Civil Veterinary Department Bihar & Orissa reports 1922-29 - 1922-1929
Year: 1922
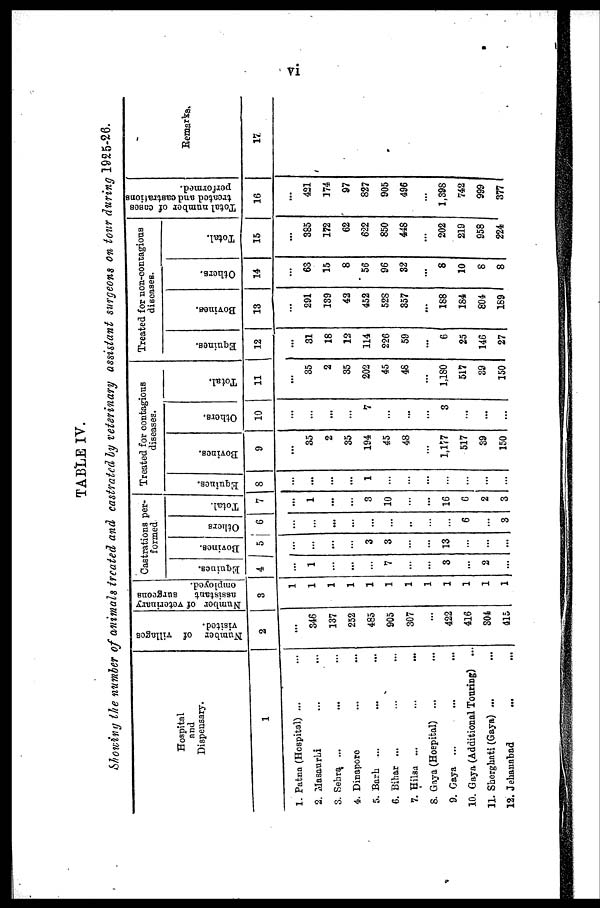
vi
TABLE IV.
Showing the number of animals treated and castratcd by veterinary assistant surgeons on tour during 1925-26.
Hospital
and
Dispensary.
1
1. Patna (Hospital) ...
2. Masaurhi
3. Sehra ...
4. Dinaporc
5. Barh ...
6. Bihar ...
7. Hilsa ...
S. Gaya (Hospital) ...
9. Gaya ...
10. Gaya (Additional Touring) ...
11. Shorghati (Gaya) ...
12. Jehanabad
Number of villages
visited.
2
...
346
137
252
485
905
307
...
422
416
304
415
Number of veterinary
assistant
surgeons
employed.
3
1
1
1
1
1
1
1
1
1
1
1
1
Castrations per-
formed.
Equines.
4
...
1
...
...
...
7
...
...
3
...
2
...
Bovines.
5
...
...
...
...
3
3
...
...
13
...
...
...
Others
6
...
...
...
...
...
...
...
...
...
6
...
3
Total.
7
...
1
...
...
3
10
...
16
6
2
3
Treated for contagious
diseases.
Equines.
8
...
...
...
1
...
...
...
...
...
...
Bovines.
9
...
35
2
35
194
45
48
1,177
517
39
150
Others.
10
...
...
...
...
7
...
...
3
...
...
...
Total.
11
...
35
2
35
202
45
48
...
1,180
517
39
150
Treated for non-contagious
diseases.
Equines.
12
...
31
18
12
114
226
59
...
6
25
146
27
Bovines.
13
...
291
139
42
452
528
357
...
188
184
804
189
Others.
14
...
63
15
8
56
96
82
...
8
10
8
8
Total.
15
...
385
172
62
622
850
448
...
202
219
958
224
Total number of cases
treated and castration
performed.
16
...
421
174
97
827
905
496
...
1,398
742
999
377
Remarks.
17